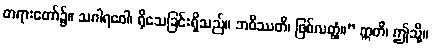
တရားတော်၌။ သဂါရဝေါ၊ ရိုသေခြင်းရှိသည်။ ဘဝိဿတိ၊ ဖြစ်လတ္တံ့။” ဣတိ၊ ဤသို့။